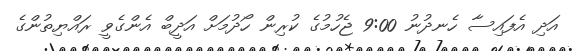
އަދި އެފައިސާ ހެނދުނު 9:00 ޖެހުމުގެ ކުރިން ހޯދުމަށް އަދީބް އެންގެވީ ރައްޔިތުންގެ